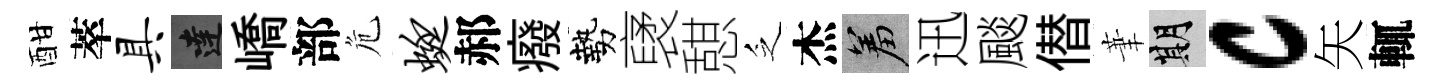
酣萃具達嶠部危蜓郝癈勢裦憇乏杰羞迅颷僣茟期c矢輒